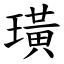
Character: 璜